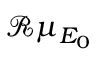
{ \mathcal R } \mu _ { E _ { 0 } }